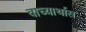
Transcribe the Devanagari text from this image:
वाच्यार्थास